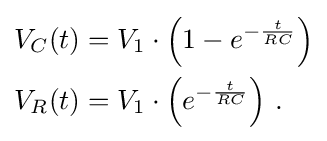
{\begin{aligned}V_{C}(t)&=V_{1}\cdot \left(1-e^{-{\frac {t}{RC}}}\right)\\V_{R}(t)&=V_{1}\cdot \left(e^{-{\frac {t}{RC}}}\right)\,.\end{aligned}}